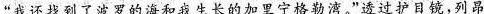
”我还找到了波罗的海和我生长的加里宁格勒湾。”造过护目镜，列昂